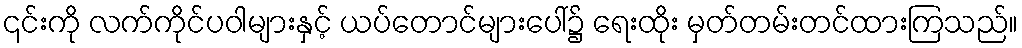
၎င်းကို လက်ကိုင်ပဝါများနှင့် ယပ်တောင်များပေါ်၌ ရေးထိုး မှတ်တမ်းတင်ထားကြသည်။